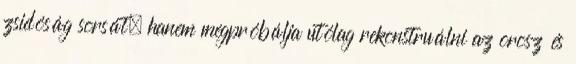
zsidóság sorsát, hanem megpróbálja utólag rekonstruálni az orosz és